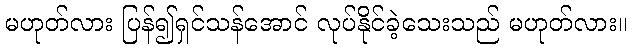
မဟုတ်လား ပြန်၍ရှင်သန်အောင် လုပ်နိုင်ခဲ့သေးသည် မဟုတ်လား။